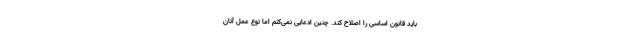
باید قانون اساسی را اصلاح کند. چنین ادعایی نمی‌کنم اما نوع عمل آنان